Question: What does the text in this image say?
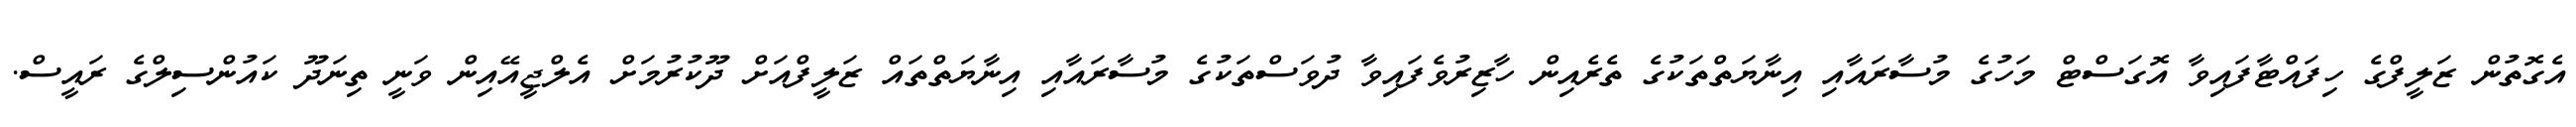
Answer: އެގޮތުން ޒަލީފްގެ ހިފައްޓާފައިވާ އޮގަސްޓް މަހުގެ މުސާރައާއި އިނާޔަތްތަކުގެ ތެރެއިން ހާޒިރުވެފައިވާ ދުވަސްތަކުގެ މުސާރައާއި އިނާޔަތްތައް ޒަލީފްއަށް ދޫކުރުމަށް އެލްޖީއޭއިން ވަނީ ތިނަދޫ ކައުންސިލްގެ ރައީސް.